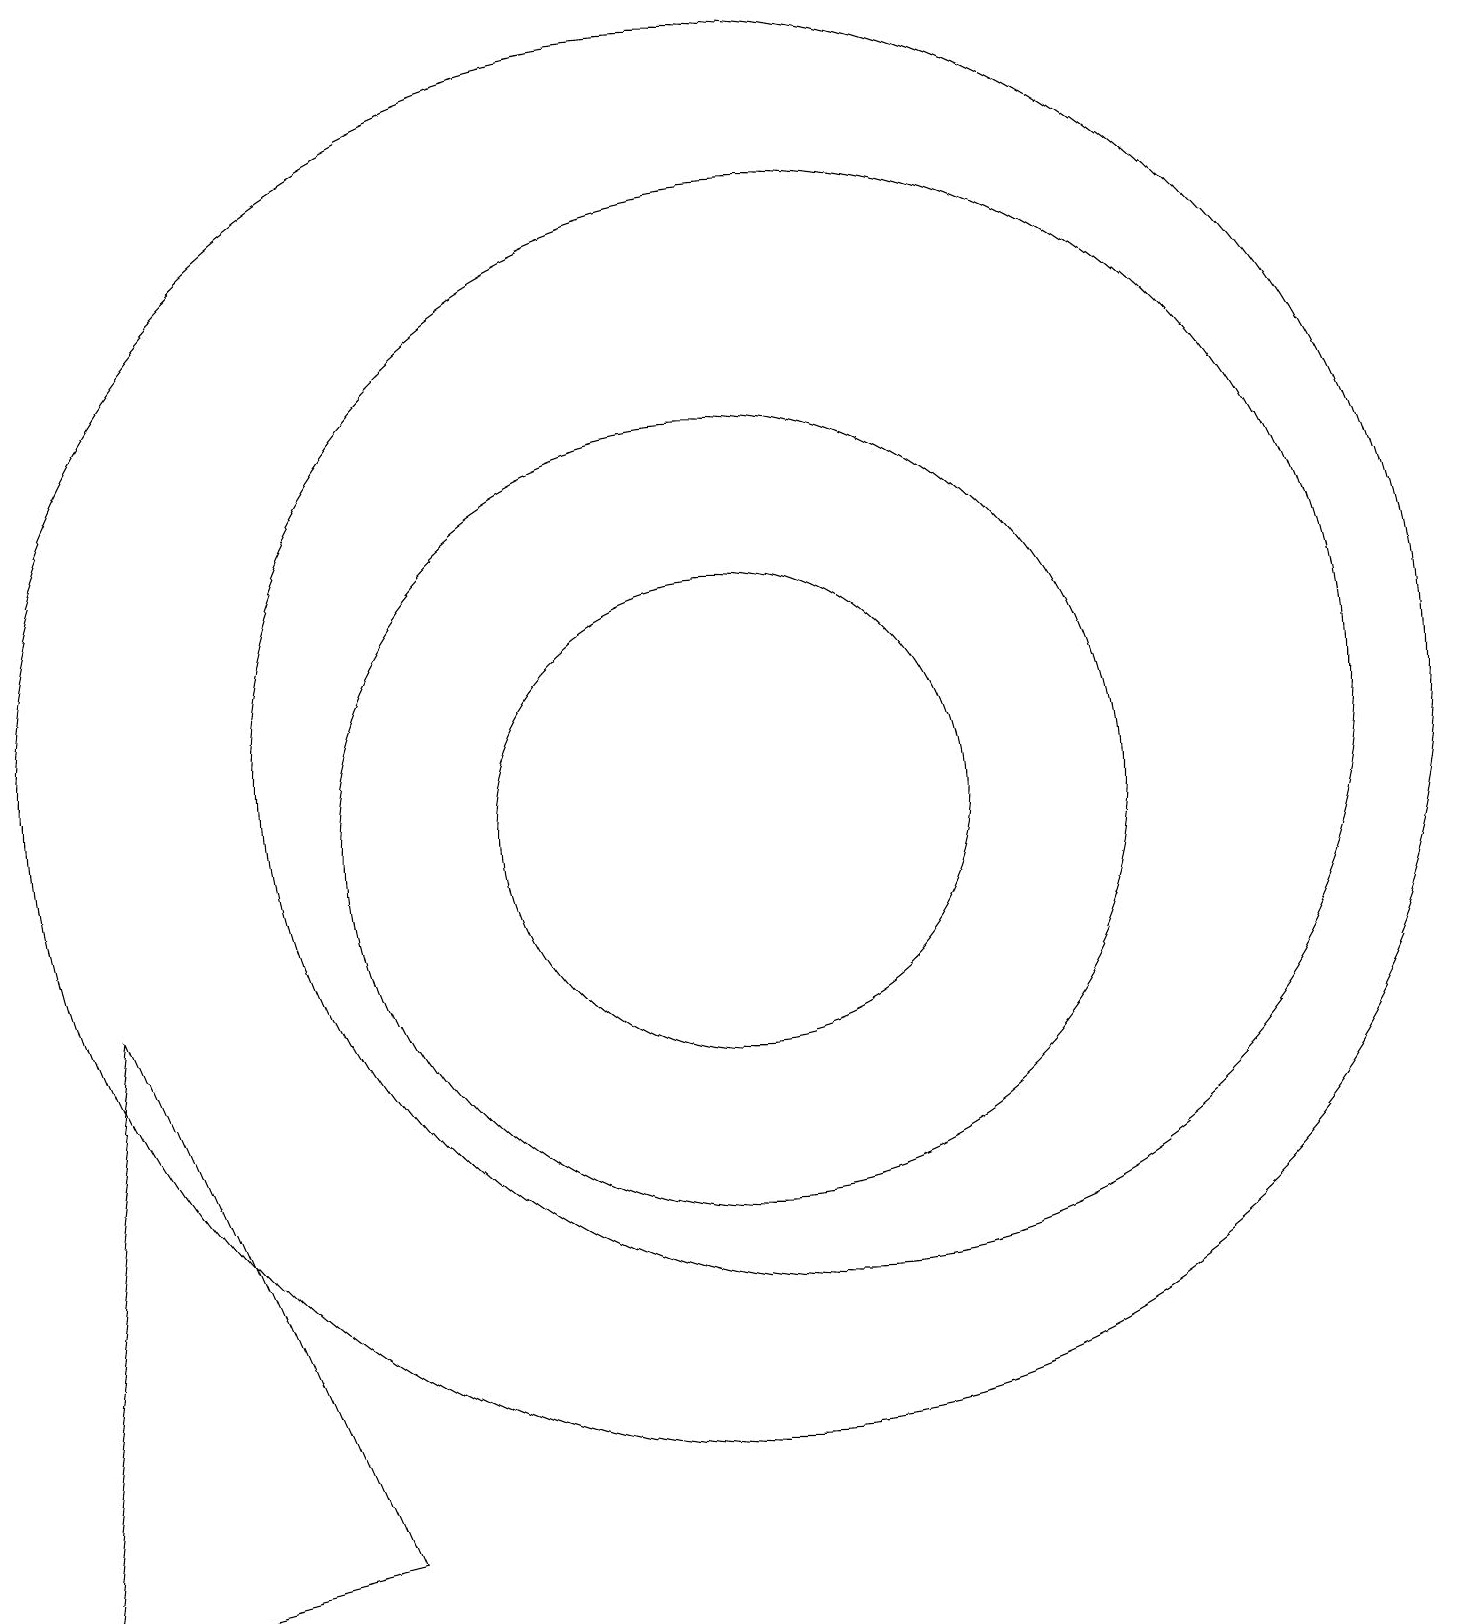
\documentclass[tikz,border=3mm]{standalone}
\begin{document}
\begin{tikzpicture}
\draw (11,11) circle (7);
\draw (10,10) circle (3);
\draw (10,11) circle (9);
\draw (10,10) circle (5);
\draw (1,0) -- (5,1) -- (2,8) -- cycle;
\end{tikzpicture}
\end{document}